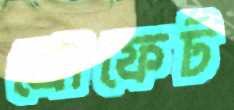
প্রোফেট